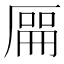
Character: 𫨘